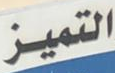
التميز